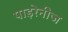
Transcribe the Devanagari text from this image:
पाइरेनीज